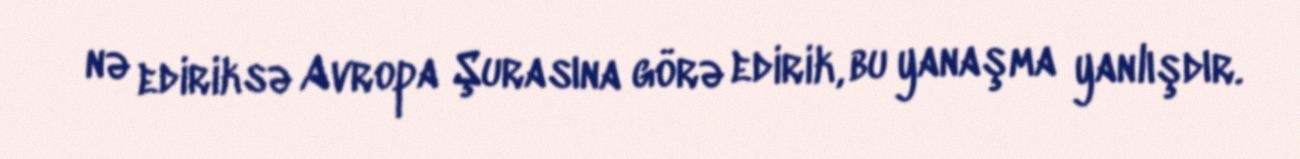
nə ediriksə Avropa Şurasına görə edirik, bu yanaşma yanlışdır.